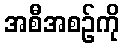
အစီအစဉ်ကို